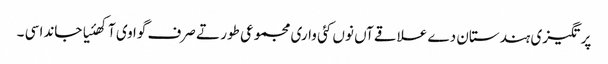
پرتگیزی ہندستان دے علاقےآں نوں کئی واری مجموعی طور تے صرف گوا وی آکھئیا جاندا سی ۔